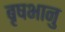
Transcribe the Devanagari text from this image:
बृषभानु